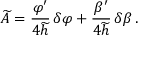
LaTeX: \widetilde { A } = { \frac { \varphi ^ { \prime } } { 4 \widetilde { h } } } \, \delta \varphi + { \frac { \beta ^ { \prime } } { 4 \widetilde { h } } } \, \delta \beta \, .